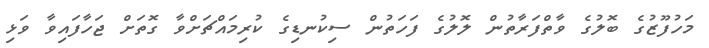
މަހުފޫޒުގެ ބޮލުގެ ވާތްފަރާތުން ލޮލުގެ ފަހަތުން ސިކުނޑިގެ ކުރިމައްޗަށްވާ ގޮތަށް ޖަހާފައިވާ ވަޅި